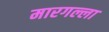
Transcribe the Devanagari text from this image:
मारगल्ला